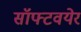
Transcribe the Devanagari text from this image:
सॉफ्टवयेर